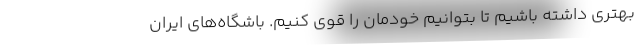
بهتری داشته باشیم تا بتوانیم خودمان را قوی کنیم. باشگاه‌های ایران